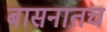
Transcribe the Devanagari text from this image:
बासनातच